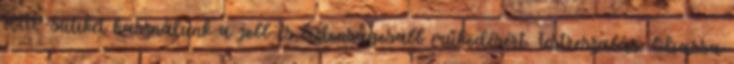
HTTP-sütiket használunk a jobb és biztonságosabb működésért. Testreszabás. Olvassa